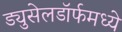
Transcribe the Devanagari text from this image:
ड्युसेलडॉर्फमध्ये